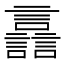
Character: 譶